Document type: Sale
Year: 1326
Scribe: Bartomeu Marc
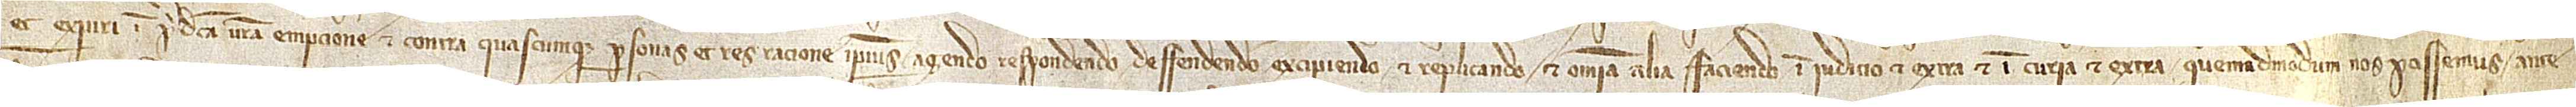
et experiri in predicta vestra empcione et contra quascumque personas et res, ratione ipsius agendo, respondendo, deffendendo, excipiendo et replicando et omnia alia faciendo, in iudicio et extra, et in curia et extra, quemadmodum nos possemus ante